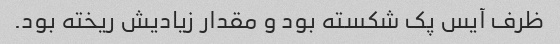
ظرف آیس پک شکسته بود و مقدار زیادیش ریخته بود.